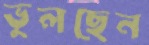
ভুলছেন